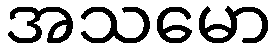
အသမော